Annual report of the Central Committee of the Association together with the report of the directors of the Pasteur Institute at Kasauli
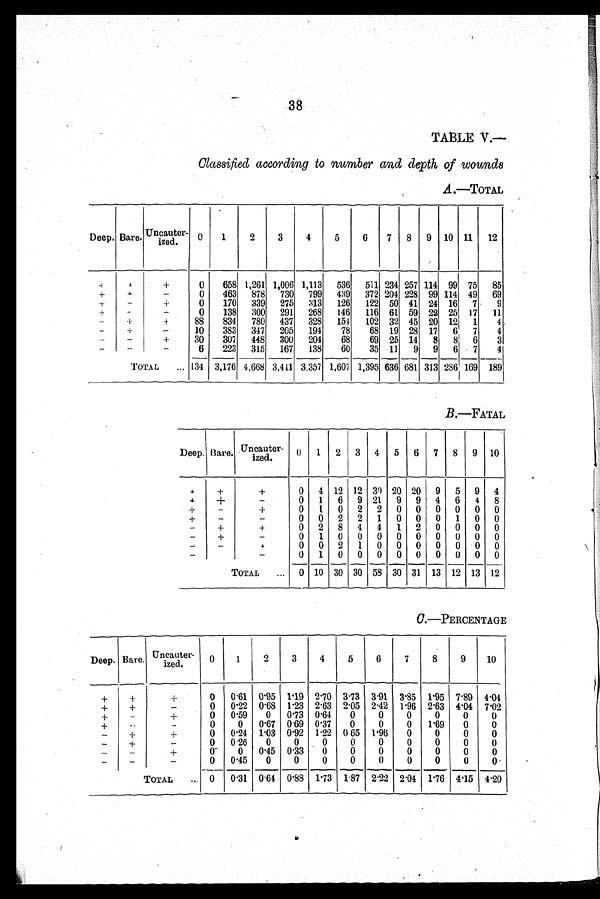
3 8
TABLE V.—
Classified according to number and depth of wounds
A .—TOTAL
Deep. Bare.
Uncauter- ized.
0
1
2
3
4
5
6
7
8
9
10
11
12
+
+
+
0
658 1,261 1,006 1,113
536
511 234 257 114
99
75
85
+
+
-
0
463
878
730
799
439
372 204 228
99 114
49
69
+
-
+
0
170
339
275
313
126
122
50
41
24
16
7
9
+
-
-
0
138
300
291
268
146
116
61
59 22
25
17
11
-
+
+
88
834
780
437
328
154
102
32
45
20
12
1
4.
-
+
-
10
383
347
205
194
78
68
19
28
17
6
7
4
-
-
+
30
307
448
300
204
68
69
25
14
8
8!
6
3
-
-
-
6
223
315
167
138
60
35
11
9
9
6
7
4
TOTAL... 134
3,176 4,668 3,411 3,357 1,607 1,395 636 681 313 286 169
189
B .—F AT AL
Deep. Bare.
Uncauter-ized.
0
1
2
3
4
5
6
7
8
9
10
+
+
+
0
4
12
12
31)
20
20
9
5
9
4
+
+
-
0
1
6
9
21
9
9
4
6
4
8
+
-
+
0
1
0
2
2
0
0
0
0
0
0
+
-
-
0
0
2
2
1
0
0
0
1
0
0
-
+
+
0
2
8
4
4
1
2
0
0
0
0
-
+
-
0
1
0
0
0
0
0
0
0
0
0
-
-
+
0
0
2
1
0
0
0
0
0
0
0
-
-
0
1
0
0
0
0
0
0
0
0
0
TOTAL...
0
10
30
30
58
30
31
13
12
13
12
C. —PERCENTAGE
.
Deep. Bare .
Uncauter-ized.
0
1
2
3
4
5
6
7
8
9
10
+
+
+
0
0 . 6 1
0.'95
1'19
2..70
3.73
3.91
3.85
1'95
7'89
4'04
+
+
-
0
0.'22
0..68
1'23
2..63
2.05
2.42
1.96
2'63
4'04
7.02
+
-
+
0
0....59
0
0.73
0..64
0
0
0
0
0
0
+
-
-
0
0
0'.67
0'69
0.'37
0
0
0
1'69
0
0
-
+
+
0
0.'.24 1..03
0'92
1.22
0 65
1.96
0
0
0
0
-
+
-
0
0...26
0
0
0
0
0
0
0
0
0
-
_
+
0-
0
0.45
0.33
0
0
0
0
0
0
0
-
_
-
0
0.45
0
0
0
0
0
0
0
0
0
TOTAL...
0
0..31
0.64
0'88
1 . 7 3 1.87
2'22
2 . 0 4 1.76
4'15
4.20